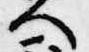
人